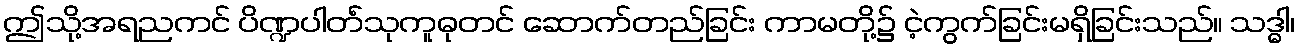
ဤသို့အရညကင် ပိဏ္ဍပါတ်ံသုကူဓုတင် ဆောက်တည်ခြင်း ကာမတို့၌ ငဲ့ကွက်ခြင်းမရှိခြင်းသည်။ သဒ္ဓါ၊